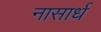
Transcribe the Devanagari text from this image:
नासार्ध